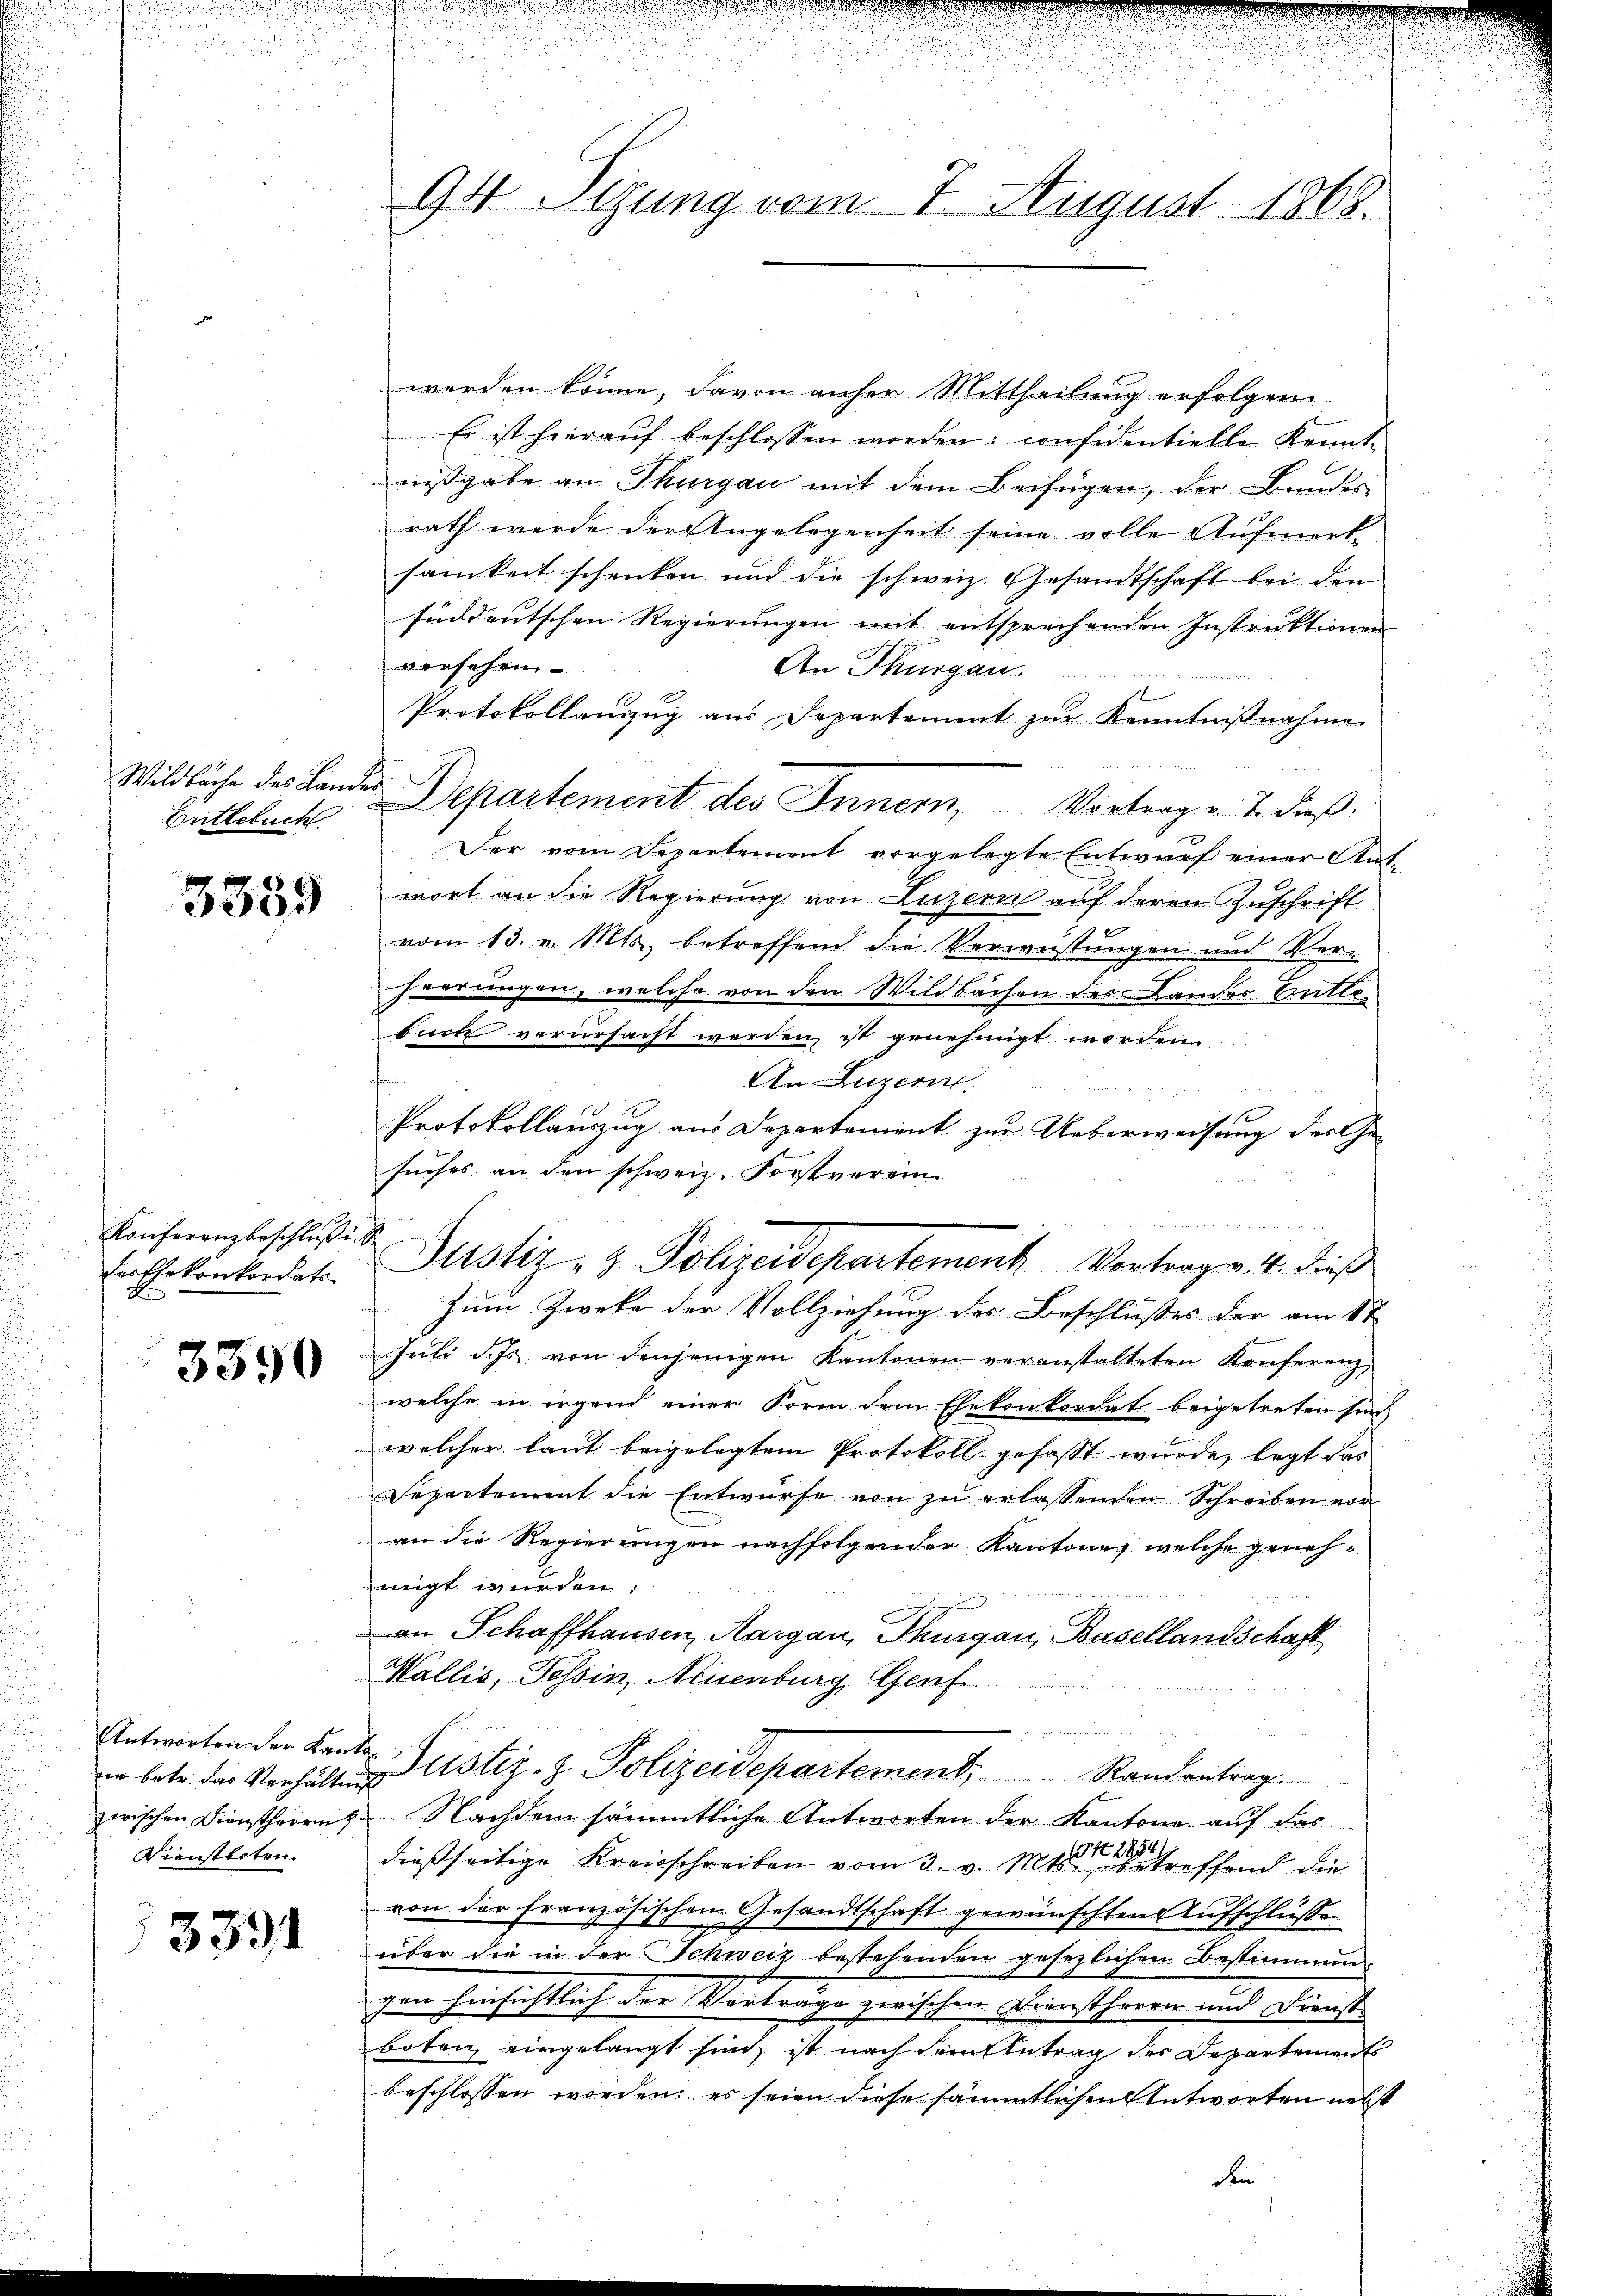
Wildbache des Landes I
Entlebuch

3359

Konferenzbeschluss.
der Ehekonkordats-
A

3390

iin betr. das Verhältnis
Dienstboten.

3331

94. Sizung vom 7. August 1868.

werden könne, davon anher Mittheilung erfolgen.
Er ist hierauf beschlossen werden; considentielle Kennt-
nisgabe an Thurgau mit dem Beifügen, der Bundes
rath wurde der Angelegenheit seine volle Aufmerk
samkeit schenken und die schweiz. Gesandtschaft bei den
süddeutschen Regierungen mit entsprechenden Instruktionen
versehen
An Thurgau.
Protokollauszug aus Departement zŭr Kenntniβnahme
Departement des Innern, Vortrag v. J. dieß.
Der vom Departement vorgelegte Entwurf einer Antwort an die Regierung von Luzern auf deren Zuschrift
vom 13. v. Mts., betreffend die Verwüstungen und Vor-
herrungen, welche von den Wildbachen des Lander Entlebück verursacht werden, ist genehmigt worden.
An Luzern
s
Protokollauszug aus Departement zur Ueberweisung des Ge-
suches an den schweiz. Forstverein
u
Zum Zweke der Vollziehung der Beschlusses der am 8t
Jŭli d. Js. von denjenigen Kantonen veranstalteten Konferenz,
welche in irgend einer Form dem Ehekonkordat beigetreten sind,
welcher laut beigelegtem Protokoll gefasst wurde, legt das
Separtement die Entwürfe von zŭ erlassenden Schreiben vor-
an die Regierungen nachfolgender Kantone, welche geneh-
migt wurden:
an Schaffhausen, Aargau, Thurgau, Basellandschaft
Wallis, Tessin, Neuenburg, Genf
Antworten der Lanter Justiz- & Polizeidepartement, Randantrag.
zwischen Dienstherrn Nachdem sämmtliche Antworten der Kantone auf das
dießseitige Kreisschreiben vom 3. v. Mts. treffend die
von der französischen Gesandtschaft gewünschten Aufschlüsse
über die in der Schweiz bestehenden gesezlichen Bestimmun
gen hinsichtlich der Vorträge zwischen Dienstherrn und Dienst
boten, eingelangt sind, ist nach dem Antrag der Departements
beschlossen worden, es seien diese sämmtlichen Antworten nebst
den

Justiz- & Polizeidepartement Vortrag. 14. dieß